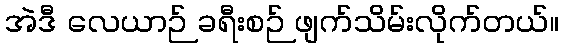
အဲဒီ လေယာဉ် ခရီးစဉ် ဖျက်သိမ်းလိုက်တယ်။